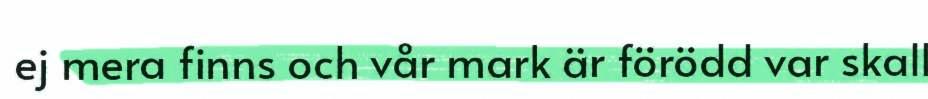
ej mera finns och vår mark är förödd var skall